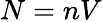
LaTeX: N=nV